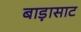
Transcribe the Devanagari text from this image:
बाड़ासाट